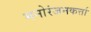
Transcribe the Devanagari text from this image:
मनोरंजनकर्त्ता